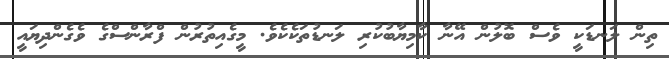
ތިން ލަނޑަކީ ވެސް ބޮލުން އޭނާ ކާމިޔާބުކުރި ލަނޑުތަކެކެވެ. މީގެއިތުރުން ފްރާންސްގެ ވެގެންދިޔައީ